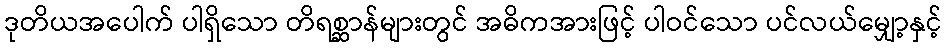
ဒုတိယအပေါက် ပါရှိသော တိရစ္ဆာန်များတွင် အဓိကအားဖြင့် ပါဝင်သော ပင်လယ်မျှော့နှင့်